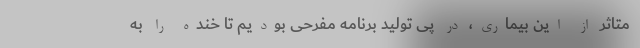
متاثر از این بیماری، در پی تولید برنامه مفرحی بودیم تا خنده را به